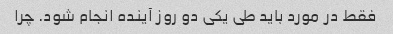
فقط در مورد باید طی یکی دو روز آینده انجام شود. چرا